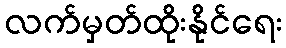
လက်မှတ်ထိုးနိုင်ရေး